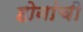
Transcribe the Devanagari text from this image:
होनांची